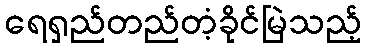
ရေရှည်တည်တံ့ခိုင်မြဲသည့်